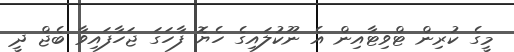
މީގެ ކުރިން ޓްވިޓާއިން އެ ނޫކުލައިގެ ހެޔޮ ފާހަގަ ޖަހާފައިވާ ބެޖް ދީ